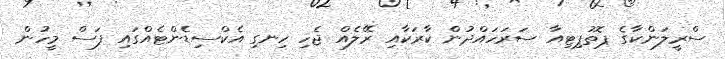
ސްރީލަންކާގެ ޕޮތުޕިޓިއާ ސަރަހައްދުން ކާރަކާއި ރޭލެއް ޖެހި ހިނގި އެކްސިޑެންޓެއްގައި ފަސް މީހުން